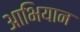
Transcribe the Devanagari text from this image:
आभियान